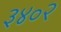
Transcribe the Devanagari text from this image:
३४०२